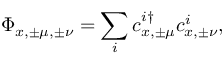
\Phi _ { x , \pm \mu , \pm \nu } = \sum _ { i } c _ { x , \pm \mu } ^ { i \dagger } c _ { x , \pm \nu } ^ { i } ,